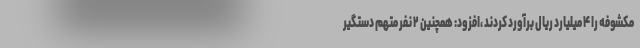
مکشوفه را ۴ میلیارد ریال برآورد کردند ،افزود: همچنین ۲ نفر متهم دستگیر